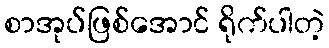
စာအုပ်ဖြစ်အောင် ရိုက်ပါတဲ့